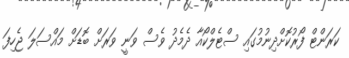
ކަރަންޓް ފޯރުކޮށްދިނުމުގައި ސްޓެލްކޯއާ ދެމެދު ވެސް ވަނީ ވަރަށް ބޮޑަށް މައްސަލަ ޖެހިފަ